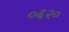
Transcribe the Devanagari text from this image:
०६२०